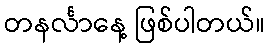
တနင်္လာနေ့ ဖြစ်ပါတယ်။